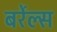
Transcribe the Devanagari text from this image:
बर्रेल्स